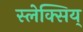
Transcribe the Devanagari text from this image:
स्लेक्सिय्